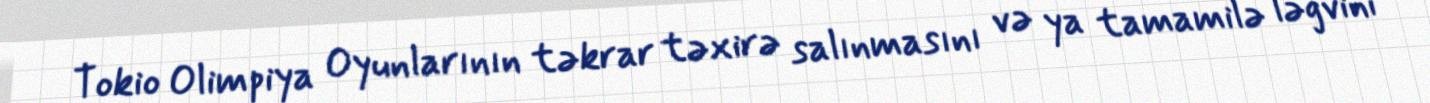
Tokio Olimpiya Oyunlarının təkrar təxirə salınmasını və ya tamamilə ləğvini